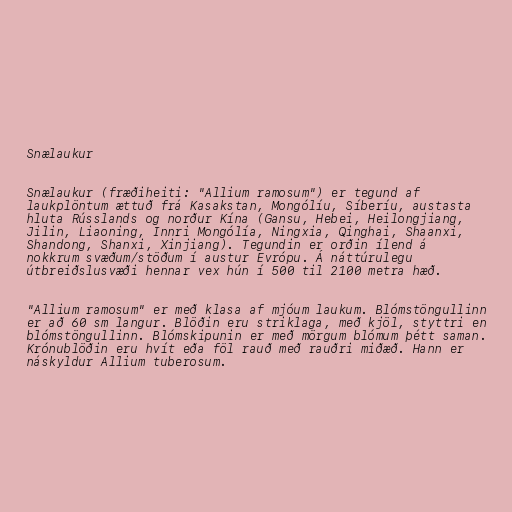
Snælaukur

Snælaukur (fræðiheiti: "Allium ramosum") er tegund af
laukplöntum ættuð frá Kasakstan, Mongólíu, Síberíu, austasta
hluta Rússlands og norður Kína (Gansu, Hebei, Heilongjiang,
Jilin, Liaoning, Innri Mongólía, Ningxia, Qinghai, Shaanxi,
Shandong, Shanxi, Xinjiang). Tegundin er orðin ílend á
nokkrum svæðum/stöðum í austur Evrópu. Á náttúrulegu
útbreiðslusvæði hennar vex hún í 500 til 2100 metra hæð.

"Allium ramosum" er með klasa af mjóum laukum. Blómstöngullinn
er að 60 sm langur. Blöðin eru striklaga, með kjöl, styttri en
blómstöngullinn. Blómskipunin er með mörgum blómum þétt saman.
Krónublöðin eru hvít eða föl rauð með rauðri miðæð. Hann er
náskyldur Allium tuberosum.